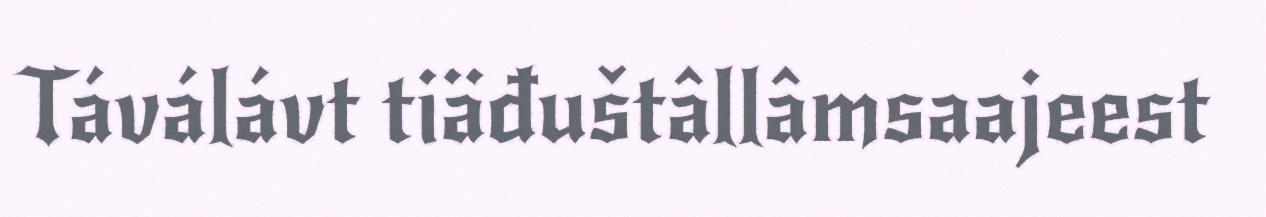
Táválávt tiäđuštâllâmsaajeest